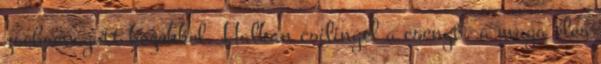
zsebrevágott kezekkel. Halkan csilingel a csengő, a maga éles